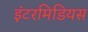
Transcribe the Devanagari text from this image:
इंटरमिडियस